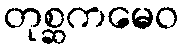
တုစ္ဆကမေဝ